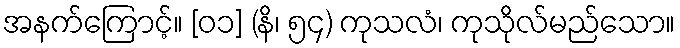
အနက်ကြောင့်။ [၀၁] (နိ၊ ၅၄) ကုသလံ၊ ကုသိုလ်မည်သော။